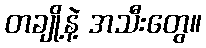
တချို့နဲ့ အသီးတွေ။